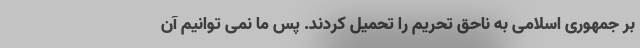
بر جمهوری اسلامی به ناحق تحریم را تحمیل کردند. پس ما نمی توانیم آن